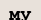
му